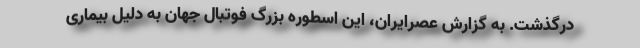
درگذشت. به گزارش عصرایران، این اسطوره بزرگ فوتبال جهان به دلیل بیماری